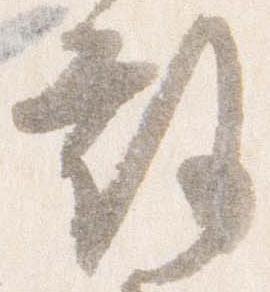
教